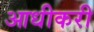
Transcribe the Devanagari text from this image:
आधीकरी